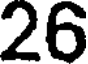
26